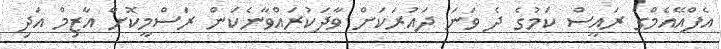
އެފްއޭއެމްގެ ރައީސް ކަމުގެ ދެ ވަނަ ދައުރަކަށް ވާދަކުރައްވާނެކަން ރަސްމީކޮށް އާޒިމް އަދި